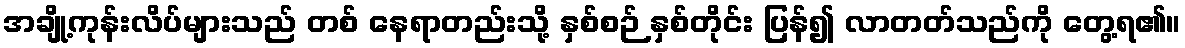
အချို့ကုန်းလိပ်များသည် တစ် နေရာတည်းသို့ နှစ်စဉ် နှစ်တိုင်း ပြန်၍ လာတတ်သည်ကို တွေ့ရ၏။